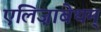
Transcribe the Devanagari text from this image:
एलिज़ाबेथम्